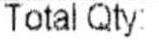
TOTAL QTY: